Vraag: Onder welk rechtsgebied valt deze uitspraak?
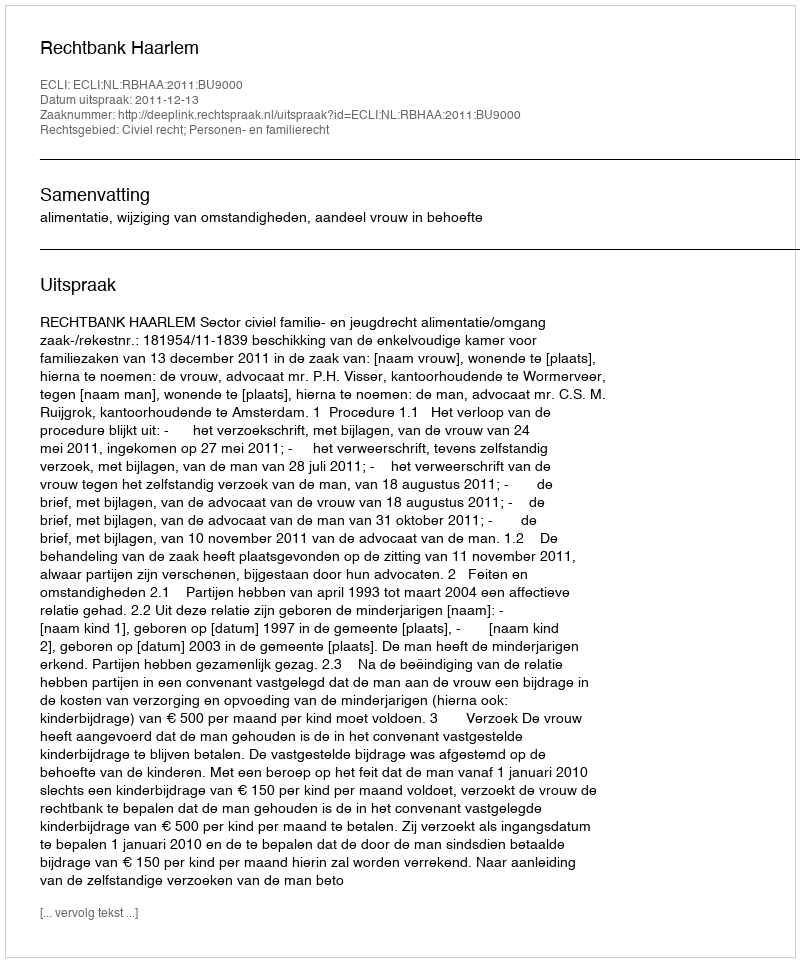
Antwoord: Civiel recht; Personen- en familierecht